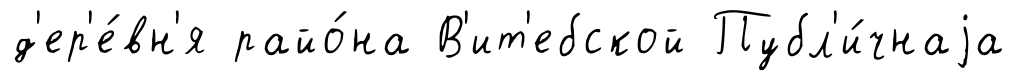
д'ер'е́вн'я райо́на В'ит'ебской Публ'и́чнаjа